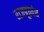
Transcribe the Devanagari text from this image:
राजपूतवंश